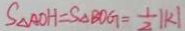
S _ { \Delta A O H } = S _ { \Delta B O G } = \frac { 1 } { 2 } \vert k \vert